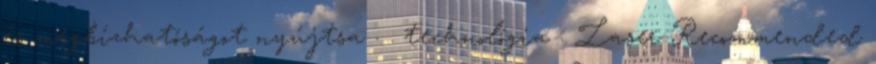
és megbízhatóságot nyújtsa . . technológia : Laser Recommended